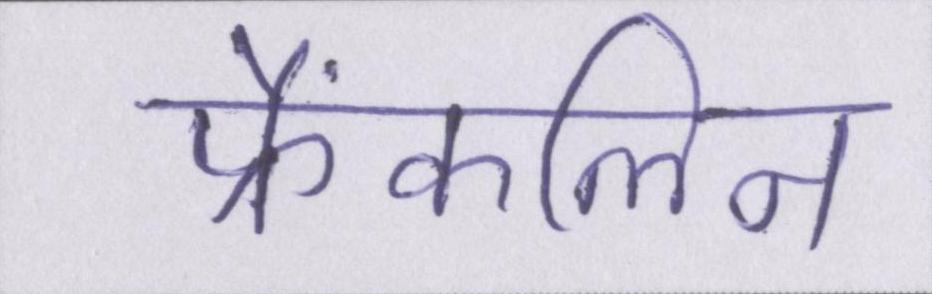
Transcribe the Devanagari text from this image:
फ्रैंकलिन